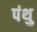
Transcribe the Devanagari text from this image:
पंथु